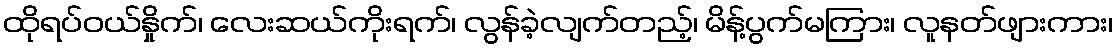
ထိုရပ်ဝယ်နှိုက်၊ လေးဆယ်ကိုးရက်၊ လွန်ခဲ့လျက်တည့်၊ မိန့်ပွက်မကြား၊ လူနတ်ဖျားကား၊